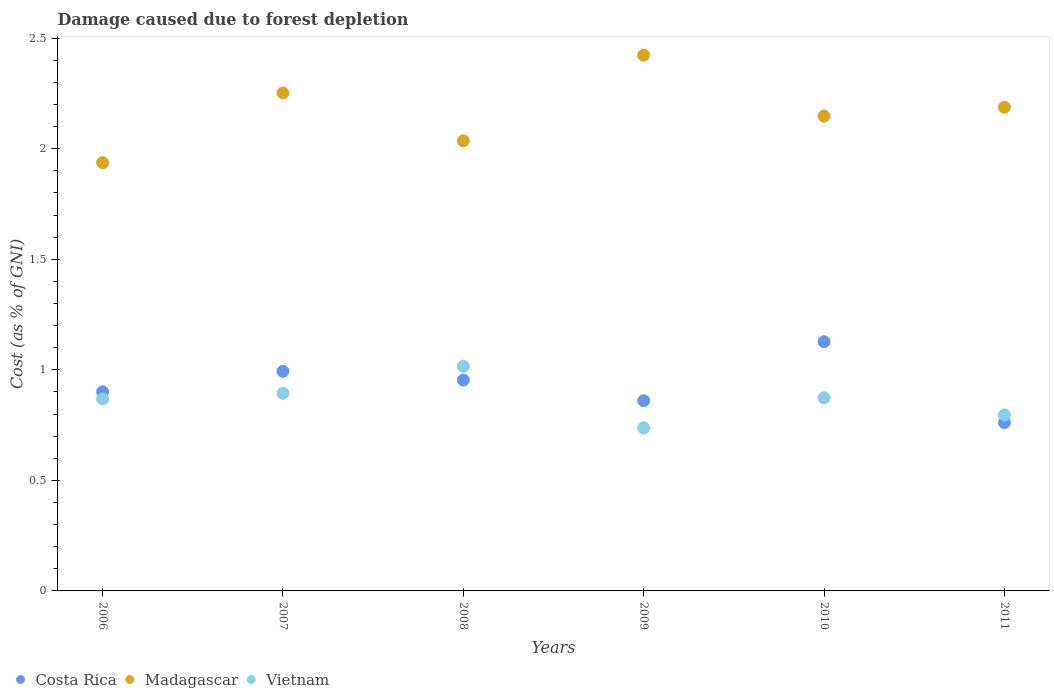
| Years | Costa Rica | Madagascar | Vietnam |
 | --- | --- | --- | --- |
 | 2006 | 0.901 | 1.94 | 0.869 |
 | 2007 | 0.993 | 2.25 | 0.894 |
 | 2008 | 0.954 | 2.04 | 1.02 |
 | 2009 | 0.86 | 2.42 | 0.737 |
 | 2010 | 1.13 | 2.15 | 0.874 |
 | 2011 | 0.761 | 2.19 | 0.796 |